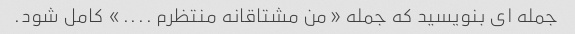
جمله ای بنویسید که جمله «من مشتاقانه منتظرم ....» کامل شود.